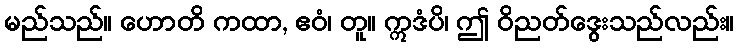
မည်သည်။ ဟောတိ ကထာ, ဧဝံ၊ တူ။ ဣဒံပိ၊ ဤ ဝိညတ်ဒွေးသည်လည်း။